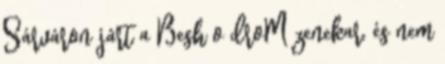
Sárváron járt a Besh o droM zenekar, és nem